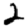
Digit: 2